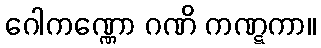
ဂေါကဏ္ဏော ဂဏိ ကဏ္ဋကာ။